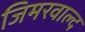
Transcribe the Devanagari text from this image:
जिमरवाल्द